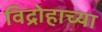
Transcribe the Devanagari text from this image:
विद्रोहाच्या